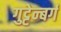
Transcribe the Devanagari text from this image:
गुट्टेन्बर्ग